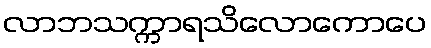
လာဘသက္ကာရသိလောကောပေ